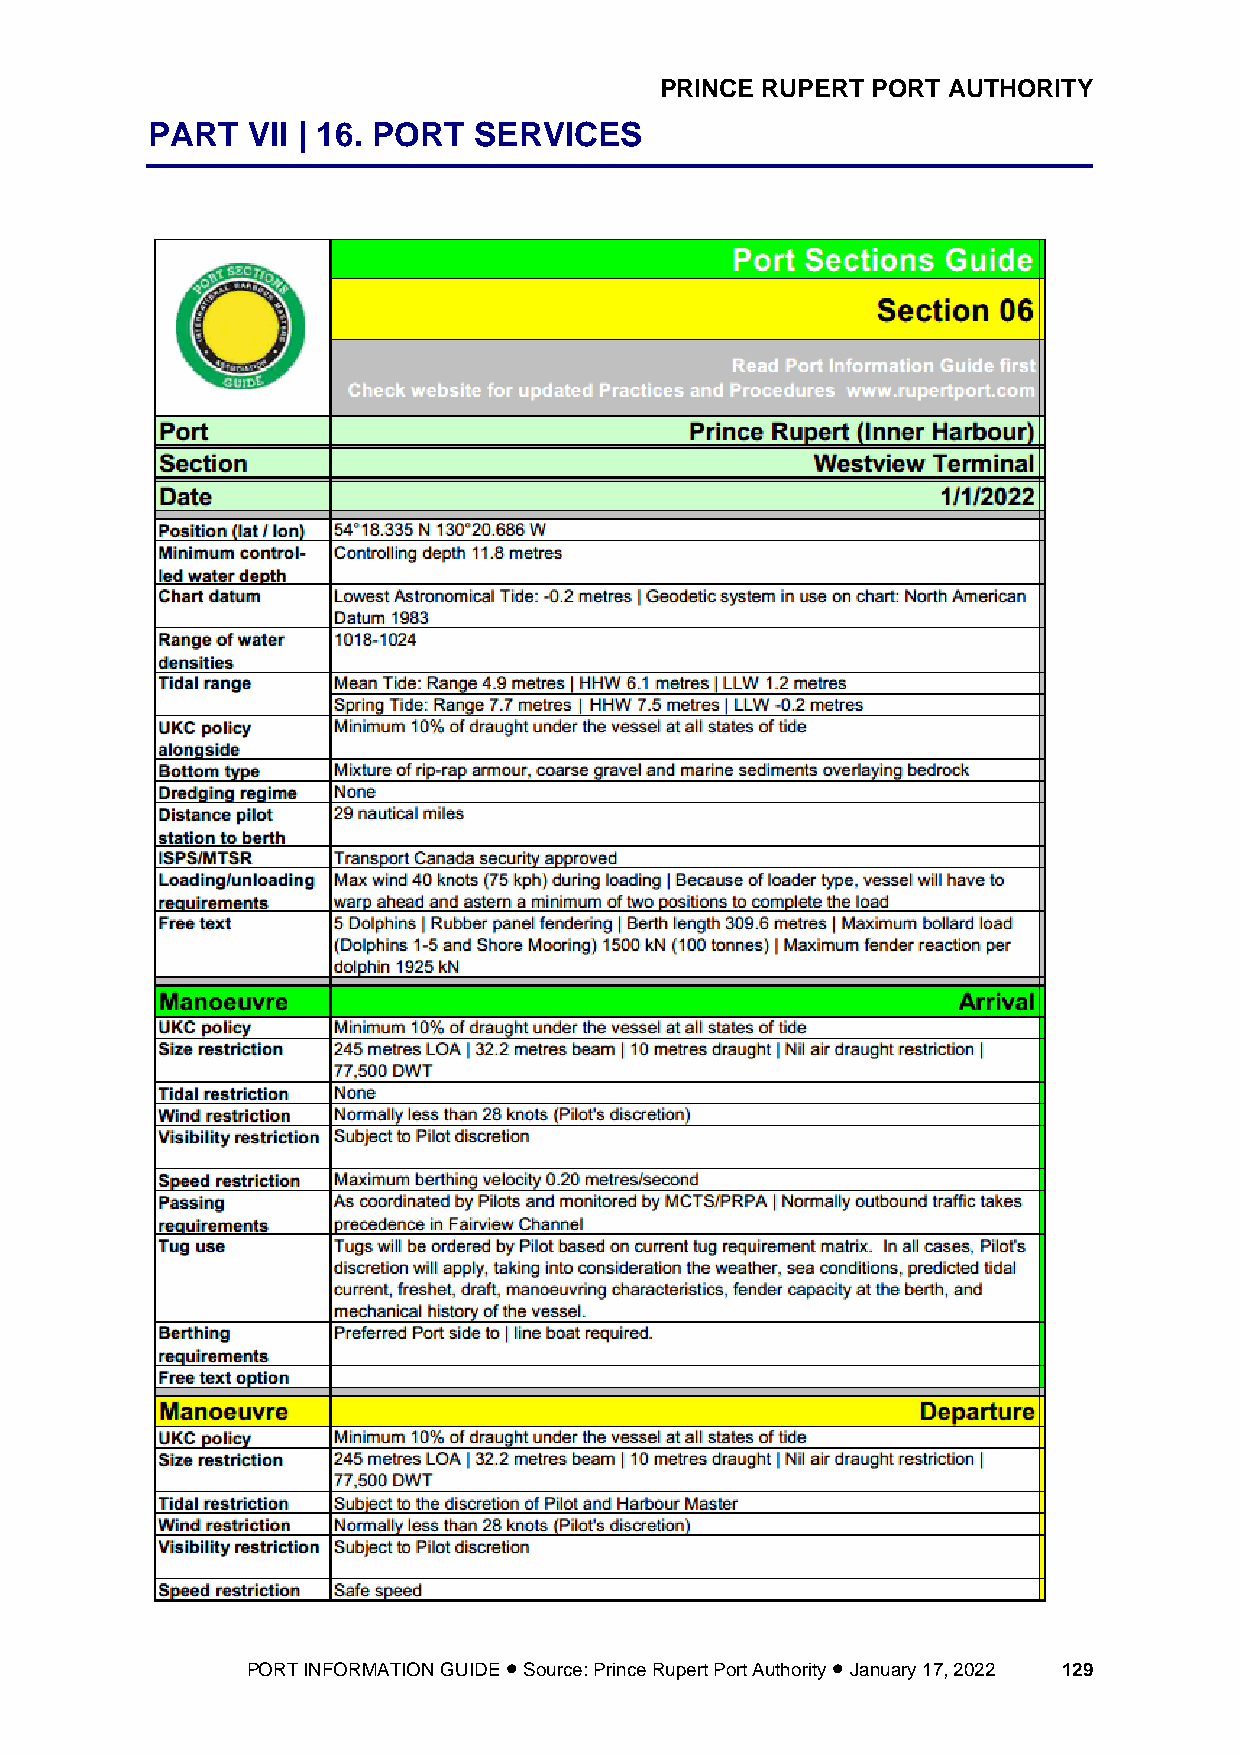
PRINCE RUPERT PORT AUTHORITY
 PART  VII | 16. PORT SERVICES
 PORT INFORMATION GUIDE • Source: Prince Rupert Port Authority • January 17, 2022 129